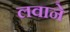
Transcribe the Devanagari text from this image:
लवाने